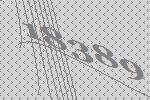
18389